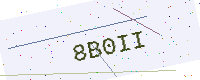
Text: 8B0II